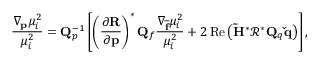
\frac { \nabla _ { \mathbf { p } } \mu _ { i } ^ { 2 } } { \mu _ { i } ^ { 2 } } = \mathbf { Q } _ { p } ^ { - 1 } \left[ \left( \frac { \partial \mathbf { R } } { \partial \mathbf { p } } \right) ^ { * } \mathbf { Q } _ { f } \frac { \nabla _ { \mathbf { \overline { { f } } } } \mu _ { i } ^ { 2 } } { \mu _ { i } ^ { 2 } } + 2 \operatorname { R e } \left( \mathbf { \tilde { H } } ^ { * } \mathbf { \mathcal { R } } ^ { * } \mathbf { Q } _ { q } \mathbf { \check { q } } \right) \right] ,